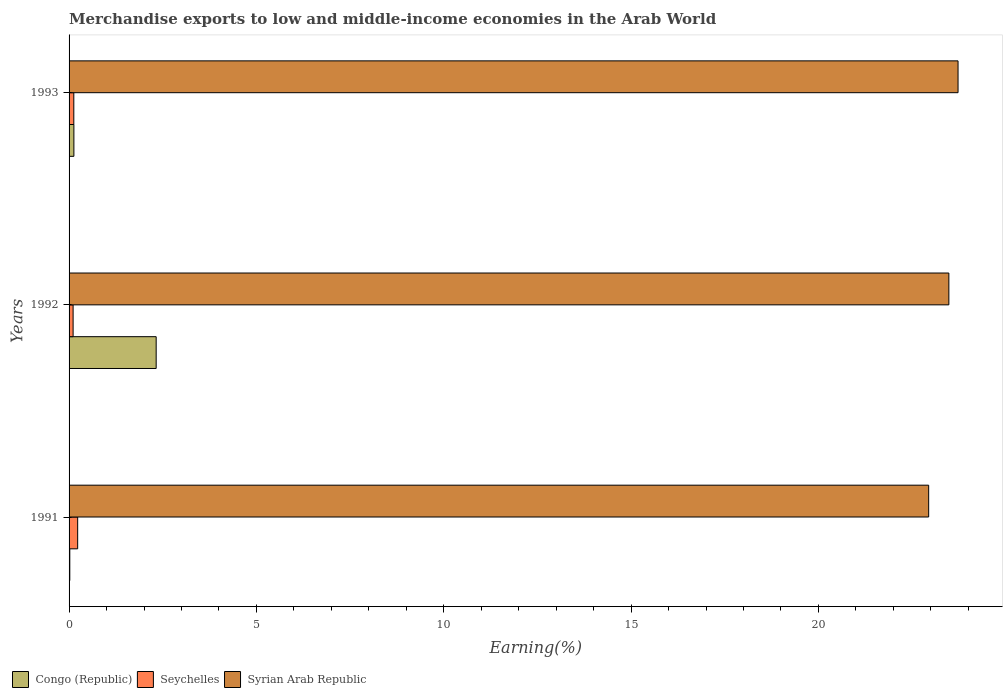
| Years | Congo (Republic) | Seychelles | Syrian Arab Republic |
 | --- | --- | --- | --- |
 | 1991 | 0.0192 | 0.229 | 22.9 |
 | 1992 | 2.32 | 0.108 | 23.5 |
 | 1993 | 0.129 | 0.126 | 23.7 |